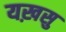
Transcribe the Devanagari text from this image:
यख़सु